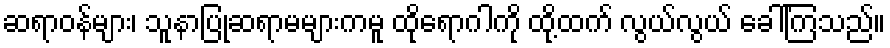
ဆရာဝန်များ၊ သူနာပြုဆရာမများကမူ ထိုရောဂါကို ထို့ထက် လွယ်လွယ် ခေါ်ကြသည်။